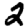
Digit: 2